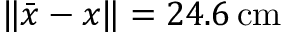
\lVert \bar { \boldsymbol { x } } - \boldsymbol { x } \rVert = 2 4 . 6 \, \mathrm { c m }